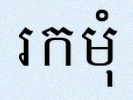
រកមុំ